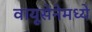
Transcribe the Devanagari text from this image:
वायूसेनेमध्ये